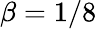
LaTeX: \beta=1/8